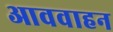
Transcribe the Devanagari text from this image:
आववाहन